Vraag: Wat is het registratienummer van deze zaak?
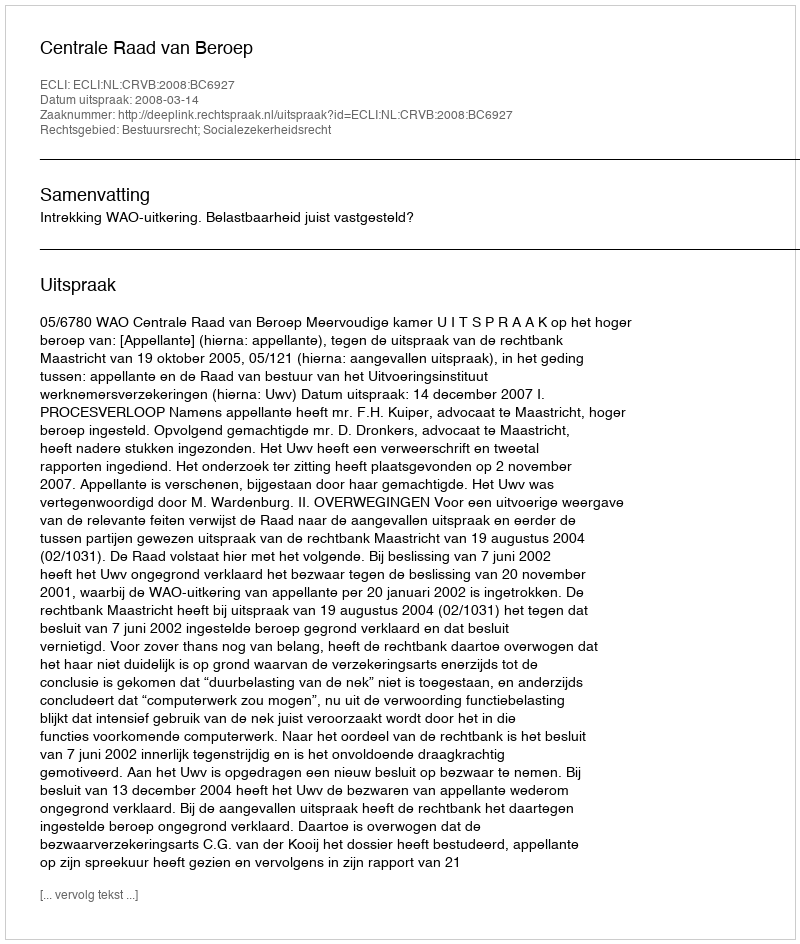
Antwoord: http://deeplink.rechtspraak.nl/uitspraak?id=ECLI:NL:CRVB:2008:BC6927